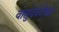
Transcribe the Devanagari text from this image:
वासुदेवदैवज्ञ